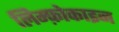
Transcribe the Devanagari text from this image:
लिम्फ़ोकाइन